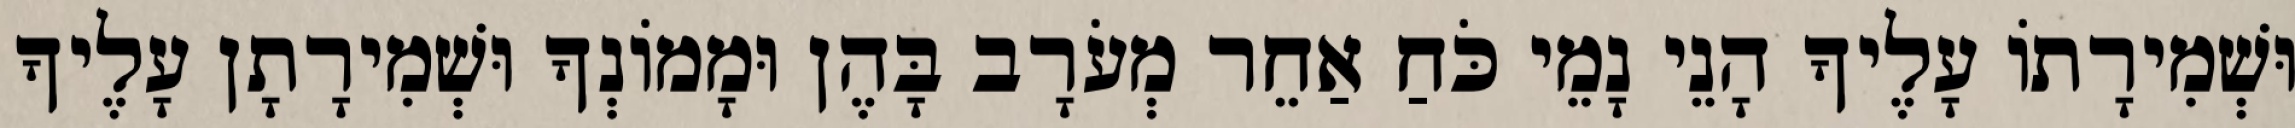
וּשְׁמִירָתוֹ עָלֶיךָ הָנֵי נָמֵי כֹּחַ אַחֵר מְעֹרָב בָּהֶן וּמָמוֹנְךָ וּשְׁמִירָתָן עָלֶיךָ